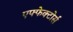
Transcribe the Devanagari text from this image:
एफ्फेक्टोर्स